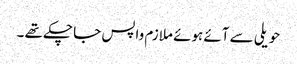
حویلی سے آئے ہوئے ملازم واپس جا چکے تھے ۔